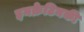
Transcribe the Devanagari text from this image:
इनक्रेटिनकी